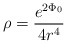
\begin{align*}\rho = \frac{e^{2\Phi_{0}}}{4r^{4}}\end{align*}